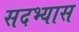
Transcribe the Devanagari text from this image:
सदभ्यास